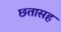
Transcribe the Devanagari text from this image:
छतासह